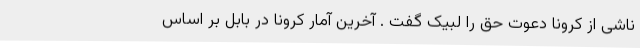
ناشی از کرونا دعوت حق را لبیک گفت . آخرین آمار کرونا در بابل بر اساس